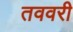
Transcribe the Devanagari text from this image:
तववरी